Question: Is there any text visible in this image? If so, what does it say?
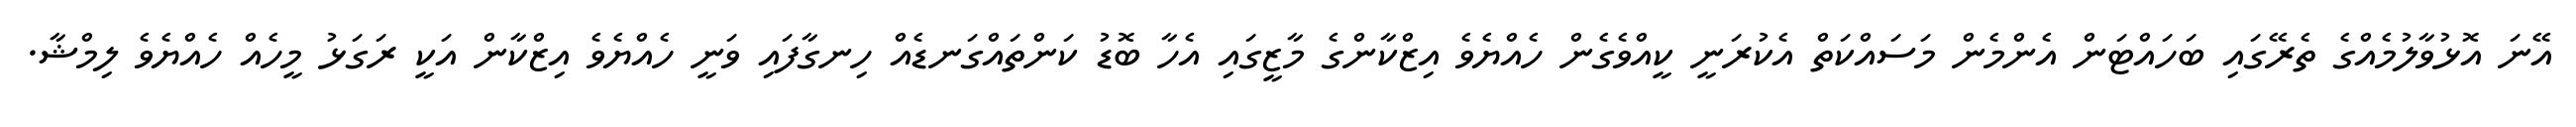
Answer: އޭނަ އޮޅުވާލުމެއްގެ ތެރޭގައި ބަހައްޓަން އެންމެން މަސައްކަތް އެކުރަނީ ކީއްވެގެން ހެއްޔެވެ އިޒްކާންގެ މާޒީގައި އެހާ ބޮޑު ކަންތައްގަނޑެއް ހިނގާފައި ވަނީ ހެއްޔެވެ އިޒްކާން އަކީ ރަގަޅު މީހެއް ހެއްޔެވެ ލިމްޝާ.